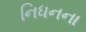
નિધનના